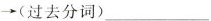
\rightarrow(过去分词)___